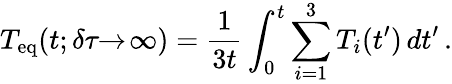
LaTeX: T_{\mathrm{eq}}(t;\delta\tau\! \! \to\! \infty)=\frac{1}{3t}\int_{0}^{t}\sum_{i=1}^{3}T_{i}(t^{\prime})\, dt^{\prime}\, .